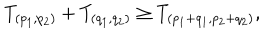
LaTeX: T _ { ( p _ { 1 } , p _ { 2 } ) } + T _ { ( q _ { 1 } , q _ { 2 } ) } \geq T _ { ( p _ { 1 } + q _ { 1 } , p _ { 2 } + q _ { 2 } ) } ,